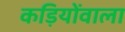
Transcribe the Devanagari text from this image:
कड़ियोंवाला